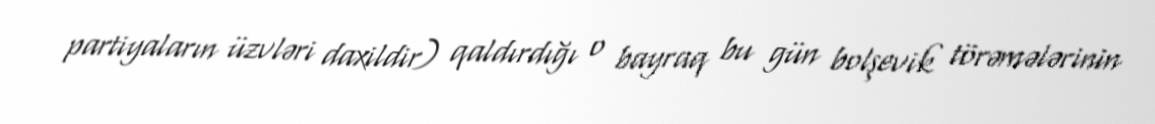
partiyaların üzvləri daxildir) qaldırdığı o bayraq bu gün bolşevik törəmələrinin